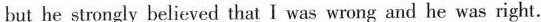
but he stmngly believed that I was wrong and he was right.